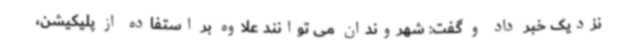
نزدیک خبر داد و گفت: شهروندان می توانند علاوه بر استفاده از پلیکیشن،